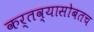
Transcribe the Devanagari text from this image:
कर्तव्यासोबतच